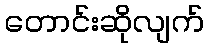
တောင်းဆိုလျက်